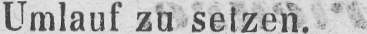
Umlauf zu setzen.